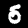
Digit: 5